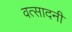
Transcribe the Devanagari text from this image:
वत्सादनी